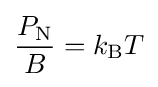
{\frac {P_{\text{N}}}{B}}=k_{\text{B}}T